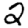
Digit: 2